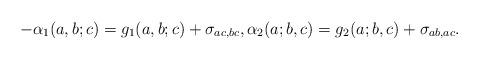
LaTeX: \begin{align*} -\alpha_1(a,b;c) =g_1(a,b;c) + \sigma_{ac,bc}, \alpha_2(a;b,c) =g_2(a;b,c) + \sigma_{ab,ac}.\end{align*}